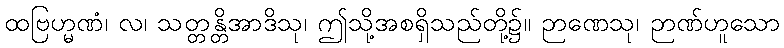
ထဗြဟ္မဏံ၊ လ၊ သတ္တန္တိအာဒိသု၊ ဤသို့အစရှိသည်တို့၌။ ဉာဏေသု၊ ဉာဏ်ဟူသော